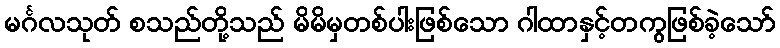
မင်္ဂလသုတ် စသည်တို့သည် မိမိမှတစ်ပါးဖြစ်သော ဂါထာနှင့်တကွဖြစ်ခဲ့သော်